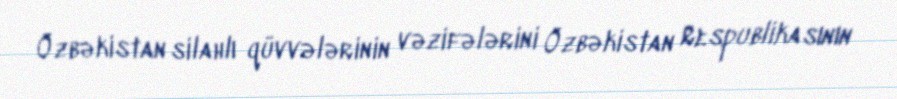
Özbəkistan silahlı qüvvələrinin vəzifələrini Özbəkistan Respublikasının